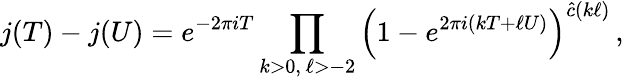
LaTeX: j(T)-j(U)=e^{-2\pi iT}\prod_{k>0,\, \ell>-2}\left(1-e^{2\pi i(kT+\ell U)}\right)^{\hat{c}(k\ell)}\, ,